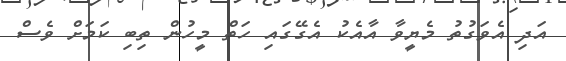
އަދި އެވަގުތު މެޔީވާ އާއެކު އެގޭގައި ހަތް މީހުން ތިބި ކަމަށް ވެސް